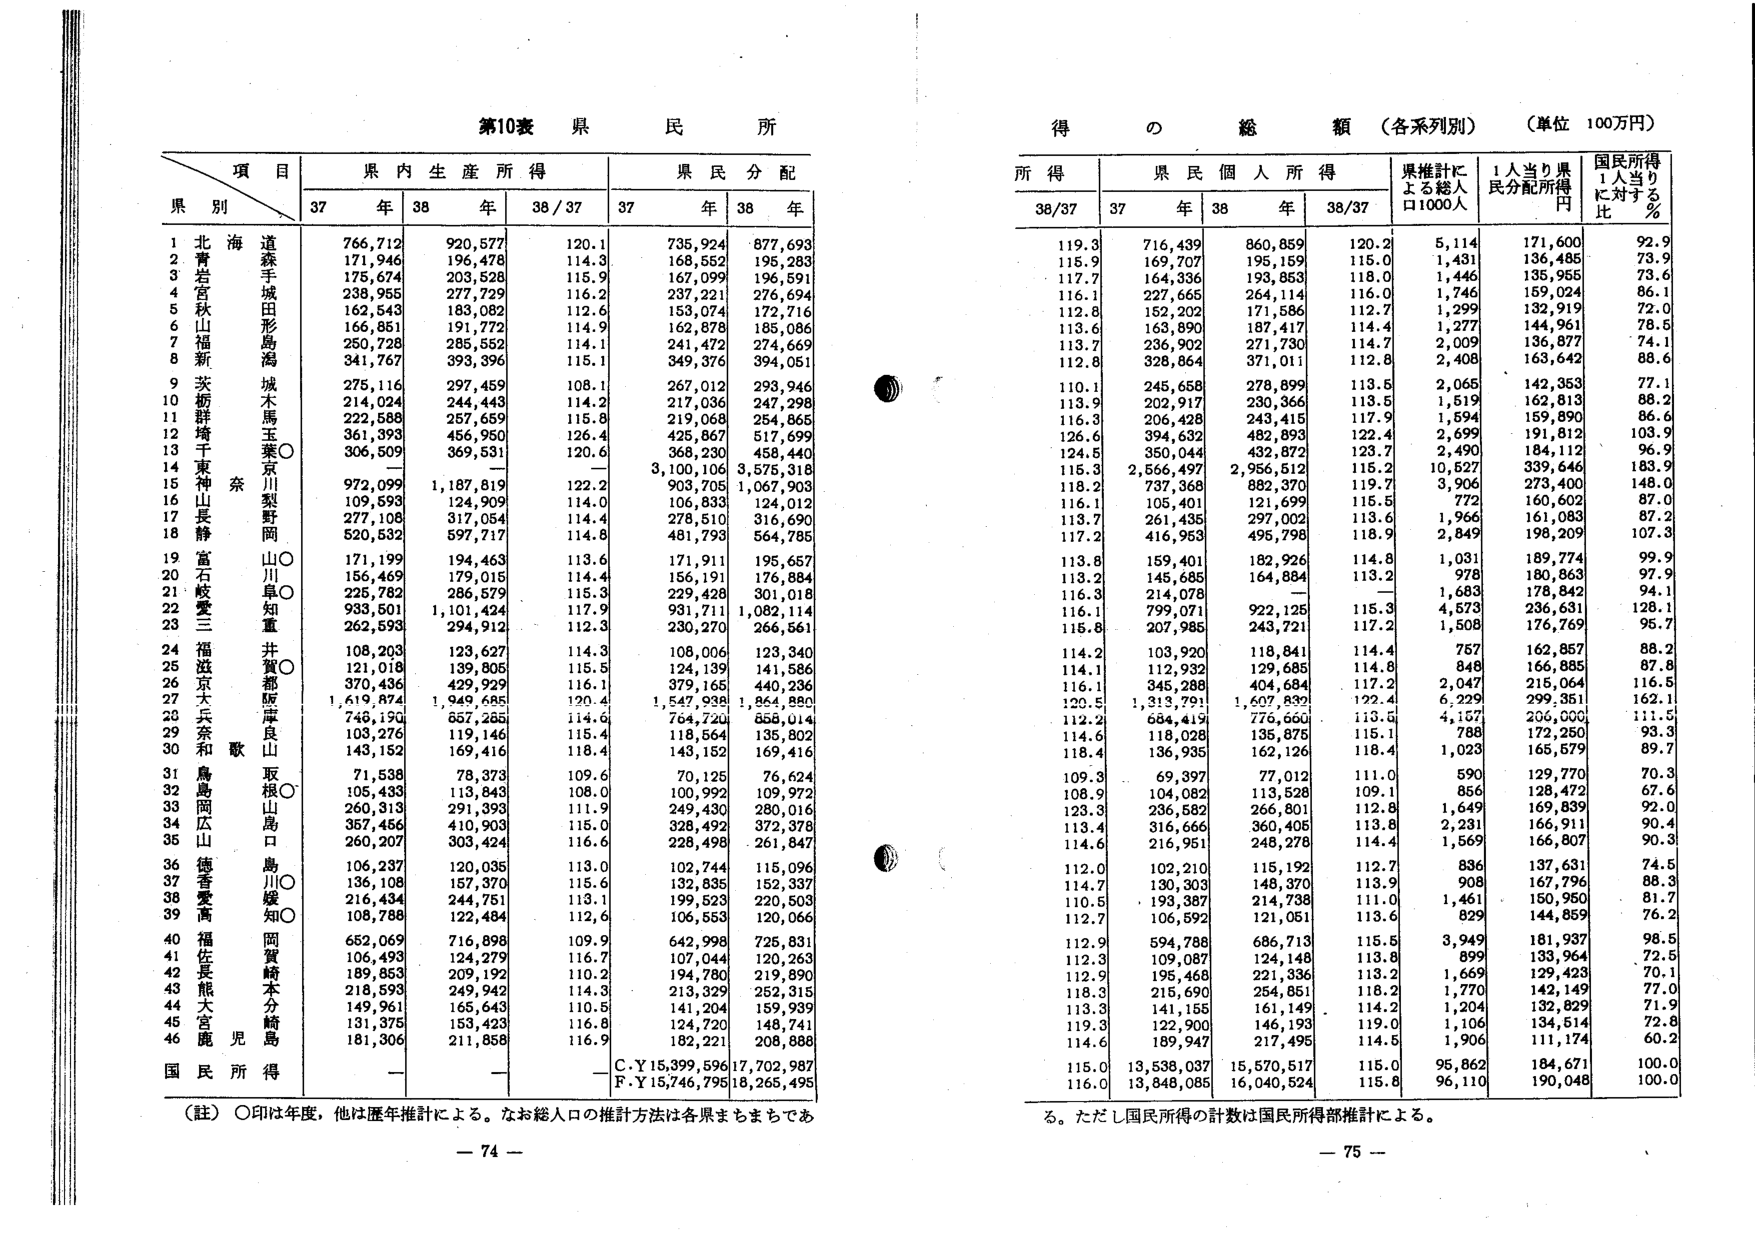
第10表 県民所得

得の総額（各系列別）（単位 100万円）

項 目
県別
県内生産所得
県民分配
所得
県民個人所得
県推計による総人口1000人
1人当たり県民分配所得円
国民所得1人当たりに対する％

37年 38年 38/37 37年 38年 38/37 37年 38年 38/37

1 北海道 766,712 920,577 120.1 735,924 877,693 119.3 716,439 860,859 120.2 5,114 171,600 92.9
2 青森 171,946 196,478 114.3 168,552 195,283 115.9 169,707 195,159 115.0 1,431 136,485 73.9
3 岩手 175,674 203,528 115.9 167,099 196,591 117.7 164,336 193,853 118.0 1,446 135,955 73.6
4 宮城 238,955 277,729 116.2 237,221 276,694 116.1 227,665 264,114 116.0 1,746 159,024 86.1
5 秋田 162,543 183,082 112.6 153,074 172,716 112.8 152,202 171,586 112.7 1,299 132,919 72.0
6 山形 166,851 191,772 114.9 162,878 185,086 113.6 163,890 187,417 114.4 1,277 144,961 78.5
7 福島 250,728 285,552 114.1 241,472 274,669 113.7 236,902 271,730 114.7 2,009 136,877 74.1
8 新潟 341,767 393,396 115.1 349,376 394,051 112.8 328,864 371,011 112.8 2,408 163,642 88.6
9 茨城 275,116 297,459 108.1 267,012 293,946 110.1 245,658 278,899 113.5 2,065 142,353 77.1
10 栃木 214,024 244,443 114.2 217,036 247,298 113.9 202,917 230,366 113.5 1,519 162,813 88.2
11 群馬 222,588 257,659 115.8 219,068 254,865 116.3 206,428 243,415 117.9 1,594 159,890 86.6
12 埼玉 361,393 456,950 126.4 425,867 517,699 126.6 394,632 482,893 122.4 2,699 191,812 103.9
13 千葉 306,509 369,531 120.6 368,230 458,440 124.5 350,044 432,872 123.7 2,490 184,112 96.9
14 東京 ー ー ー 3,100,106 3,575,318 115.3 2,566,497 2,956,512 115.2 10,527 339,646 183.9
15 神奈川 972,099 1,187,819 122.2 903,705 1,067,903 118.2 737,368 882,370 119.7 3,906 273,400 148.0
16 山梨 109,593 124,909 114.0 106,833 124,012 116.1 105,401 121,699 115.5 772 160,602 87.0
17 長野 277,108 317,054 114.4 278,510 316,690 113.7 261,435 297,002 113.6 1,966 161,083 87.2
18 静岡 520,532 597,717 114.8 481,793 564,785 117.2 416,953 495,798 118.9 2,849 198,209 107.3
19 富山 171,199 194,463 113.6 171,911 195,657 113.8 159,401 182,926 114.8 1,031 189,774 99.9
20 石川 156,469 179,015 114.4 156,191 176,884 113.2 145,685 164,884 113.2 978 180,863 97.9
21 岐阜 225,782 286,579 115.3 229,428 301,018 116.3 214,078 ー ー 1,683 178,842 94.1
22 愛知 933,501 1,101,424 117.9 931,711 1,082,114 116.1 799,071 922,125 115.3 4,573 236,631 128.1
23 三重 262,593 294,912 112.3 230,270 266,561 115.8 207,985 243,721 117.2 1,508 176,769 95.7
24 滋賀 108,203 123,627 114.3 108,006 123,340 114.2 103,920 118,841 114.4 757 162,857 88.2
25 京都 121,018 139,805 115.5 124,139 141,586 114.1 112,932 129,685 114.8 848 166,885 87.8
26 大阪 370,436 429,929 116.1 379,165 440,236 116.1 345,288 404,684 117.2 2,047 215,064 116.5
27 兵庫 1,619,874 1,949,685 120.4 1,547,938 1,864,880 120.5 1,313,791 1,607,832 122.4 6,229 299,351 162.1
28 奈良 748,190 857,285 114.6 764,720 858,014 112.2 684,419 776,660 113.6 4,167 206,000 111.5
29 和歌山 103,276 119,146 115.4 118,564 135,802 114.6 118,028 135,875 115.1 788 172,250 93.3
30 鳥取 143,152 169,416 118.4 143,152 169,416 118.4 136,935 162,126 118.4 1,023 165,579 89.7
31 島根 71,538 78,373 109.6 70,125 76,624 109.3 69,397 77,012 111.0 590 129,770 70.3
32 岡山 105,433 113,843 108.0 100,992 109,972 108.9 104,082 113,528 109.1 856 128,472 67.6
33 広島 260,313 291,393 111.9 249,430 280,016 123.3 236,582 266,801 112.8 1,649 169,839 92.0
34 山口 357,456 410,903 115.0 328,492 372,378 113.4 316,666 360,405 113.8 2,231 166,911 90.4
35 徳島 260,207 303,424 116.6 228,498 261,847 114.6 216,951 248,278 114.4 1,569 166,807 90.3
36 香川 106,237 120,035 113.0 102,744 115,096 112.0 102,210 115,192 112.7 836 137,631 74.5
37 愛媛 136,108 157,370 115.6 132,835 152,337 114.7 130,303 148,370 113.9 908 167,796 88.3
38 高知 216,434 244,751 113.1 199,523 220,503 110.5 193,387 214,738 111.0 1,461 150,950 81.7
39 福岡 108,788 122,484 112.6 106,553 120,066 112.7 106,592 121,051 113.6 829 144,859 76.2
40 佐賀 652,069 716,898 109.9 642,998 725,831 112.9 594,788 686,713 115.5 3,949 181,937 98.5
41 長崎 106,493 124,279 116.7 107,044 120,263 112.3 109,087 124,148 113.8 899 133,964 72.5
42 熊本 189,853 209,192 110.2 194,780 219,890 112.9 195,468 221,336 113.2 1,669 129,423 70.1
43 大分 218,593 249,942 114.3 213,329 252,315 118.3 215,690 254,851 118.2 1,770 142,149 77.0
44 宮崎 149,961 165,643 110.5 141,204 159,939 113.3 141,155 161,149 114.2 1,204 132,829 71.9
45 鹿児島 131,375 153,423 116.8 124,720 148,741 119.3 122,900 146,193 119.0 1,106 134,514 72.8
46 沖縄 181,306 211,858 116.9 182,221 208,888 114.6 189,947 217,495 114.5 1,906 111,174 60.2

国民所得 ー ー ー C.Y.15,399,596 17,702,987 115.0 13,538,037 15,570,517 115.0 95,862 184,671 100.0
F.Y.15,746,795 18,265,495 116.0 13,848,085 16,040,524 115.8 96,110 190,048 100.0

（註）〇印は年度、他是暦年推計による。なお総人口の推計方法は各県まちまちであ
る。ただし国民所得の計数は国民所得部推計による。

ー 74 ー
ー 75 ー